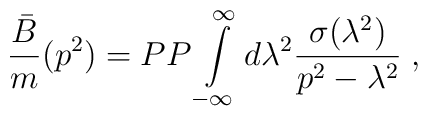
{\bar B\over m}(p^2)=PP\int\limits^\infty_{-\infty}d\lambda^2{\sigma(\lambda^2)\over p^2-\lambda^2}\; ,